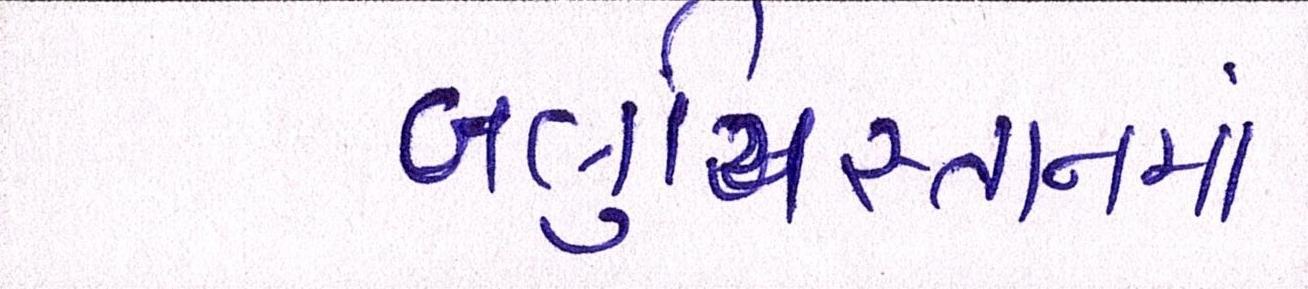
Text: બલુચિસ્તાનમાં